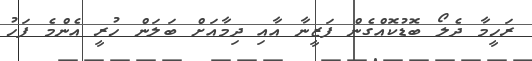
ރަހީމާ ދެލޯ ބޮޑުކޮއްގެން ފަޒީނާ އާއި ދިމާއަށް ބަލަން ހުރީ އެންމެ ފަހު